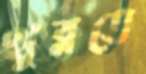
খুব্‌লতে